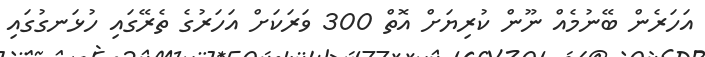
އަހަރެން ބޭނުމެއް ނޫން ކުރިޔަށް އޮތް 300 ވަރަކަށް އަހަރުގެ ތެރޭގައި ހުޅަނގުގައި